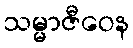
သမ္မာဇီဝေန